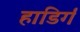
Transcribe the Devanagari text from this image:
हाडिर्गं